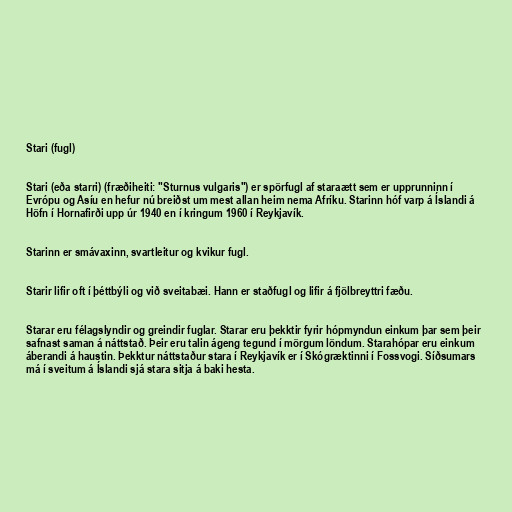
Stari (fugl)

Stari (eða starri) (fræðiheiti: "Sturnus vulgaris") er spörfugl af staraætt sem er upprunninn í
Evrópu og Asíu en hefur nú breiðst um mest allan heim nema Afríku. Starinn hóf varp á Íslandi á
Höfn í Hornafirði upp úr 1940 en í kringum 1960 í Reykjavík.

Starinn er smávaxinn, svartleitur og kvikur fugl.

Starir lifir oft í þéttbýli og við sveitabæi. Hann er staðfugl og lifir á fjölbreyttri fæðu.

Starar eru félagslyndir og greindir fuglar. Starar eru þekktir fyrir hópmyndun einkum þar sem þeir
safnast saman á náttstað. Þeir eru talin ágeng tegund í mörgum löndum. Starahópar eru einkum
áberandi á haustin. Þekktur náttstaður stara í Reykjavík er í Skógræktinni í Fossvogi. Síðsumars
má í sveitum á Íslandi sjá stara sitja á baki hesta.